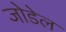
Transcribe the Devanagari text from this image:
जोडेल